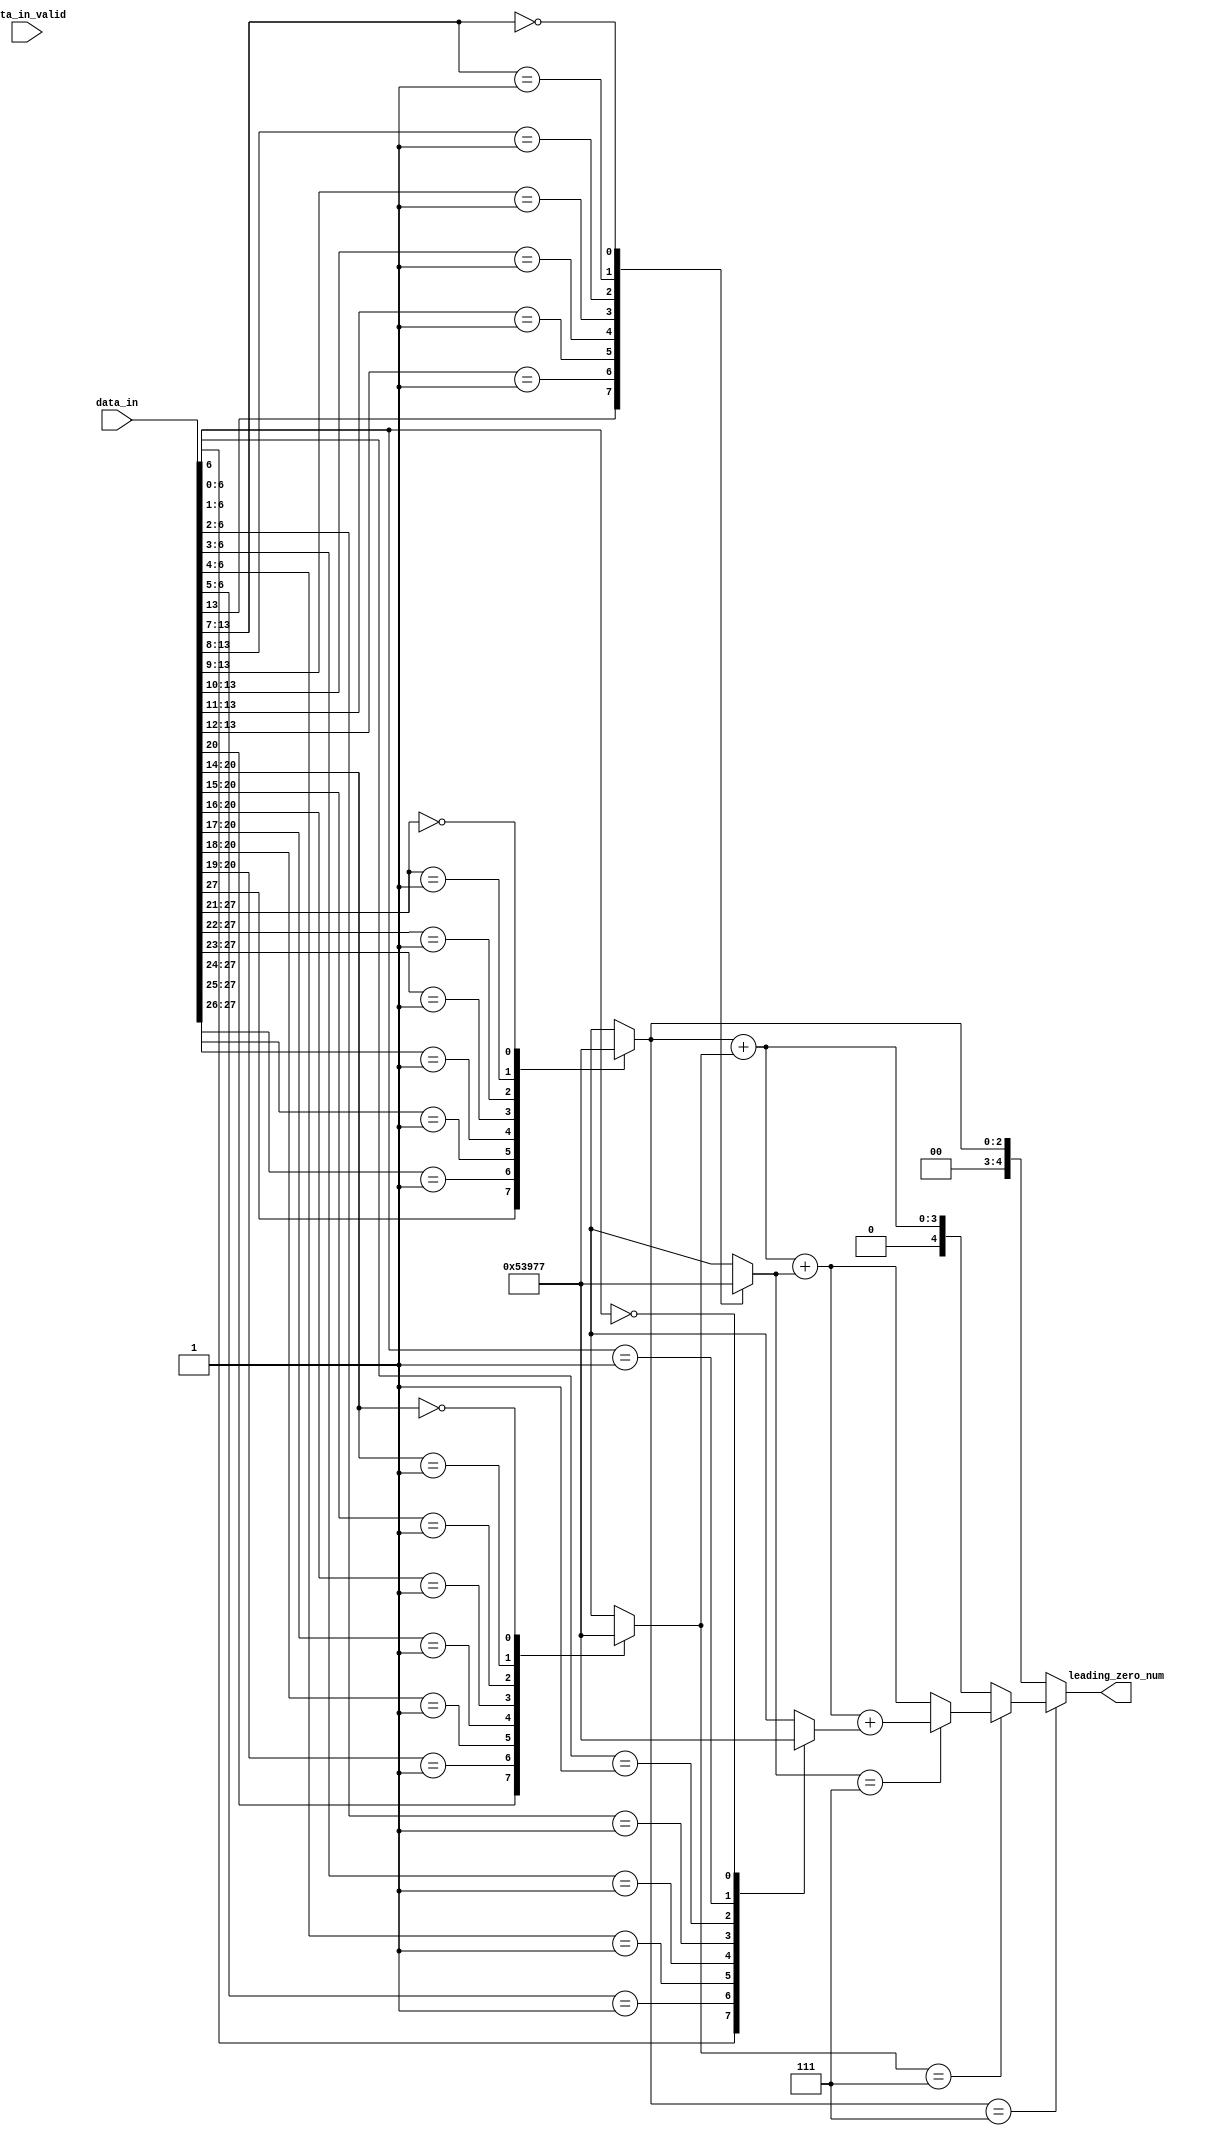
`timescale 1ns / 1ps
//////////////////////////////////////////////////////////////////////////////////
// 
// Module Name: leading_zero_counter
// Description: counting the number of leading zeros.
//              dichotomy.
// 
// Revision:
// Revision 0.01 - File Created
//////////////////////////////////////////////////////////////////////////////////

module LZC_v2(
  input  wire [29-1:0]       data_in,
  input  wire                data_in_valid,
  output wire [4:0]          leading_zero_num
);

  //leading zero counter
  wire [6:0]    data_in_hh;
  wire [6:0]    data_in_h;
  wire [6:0]    data_in_l;
  wire [6:0]    data_in_ll;
  reg  [2:0]    leading_zero_num_hh;
  reg  [2:0]    leading_zero_num_h;
  reg  [2:0]    leading_zero_num_l;
  reg  [2:0]    leading_zero_num_ll;
  reg  [4:0]    _leading_zero_num;

  assign data_in_hh = data_in[27:21]; 
  assign data_in_h  = data_in[20:14];
  assign data_in_l  = data_in[13:7];
  assign data_in_ll = data_in[6:0];
  
  assign leading_zero_num = _leading_zero_num;
     
  always@(data_in or data_in_valid) begin
    casex(data_in_hh)
      7'b1xxxxxx: leading_zero_num_hh = 3'd0;
      7'b01xxxxx: leading_zero_num_hh = 3'd1;
      7'b001xxxx: leading_zero_num_hh = 3'd2;
      7'b0001xxx: leading_zero_num_hh = 3'd3;
      7'b00001xx: leading_zero_num_hh = 3'd4;
      7'b000001x: leading_zero_num_hh = 3'd5;
      7'b0000001: leading_zero_num_hh = 3'd6;
      7'b0000000: leading_zero_num_hh = 3'd7;
    endcase
    casex(data_in_h)
      7'b1xxxxxx: leading_zero_num_h = 3'd0;
      7'b01xxxxx: leading_zero_num_h = 3'd1;
      7'b001xxxx: leading_zero_num_h = 3'd2;
      7'b0001xxx: leading_zero_num_h = 3'd3;
      7'b00001xx: leading_zero_num_h = 3'd4;
      7'b000001x: leading_zero_num_h = 3'd5;
      7'b0000001: leading_zero_num_h = 3'd6;
      7'b0000000: leading_zero_num_h = 3'd7;
    endcase
    casex(data_in_l)
      7'b1xxxxxx: leading_zero_num_l = 3'd0;
      7'b01xxxxx: leading_zero_num_l = 3'd1;
      7'b001xxxx: leading_zero_num_l = 3'd2;
      7'b0001xxx: leading_zero_num_l = 3'd3;
      7'b00001xx: leading_zero_num_l = 3'd4;
      7'b000001x: leading_zero_num_l = 3'd5;
      7'b0000001: leading_zero_num_l = 3'd6;
      7'b0000000: leading_zero_num_l = 3'd7;
    endcase
    casex(data_in_ll)
      7'b1xxxxxx: leading_zero_num_ll = 3'd0;
      7'b01xxxxx: leading_zero_num_ll = 3'd1;
      7'b001xxxx: leading_zero_num_ll = 3'd2;
      7'b0001xxx: leading_zero_num_ll = 3'd3;
      7'b00001xx: leading_zero_num_ll = 3'd4;
      7'b000001x: leading_zero_num_ll = 3'd5;
      7'b0000001: leading_zero_num_ll = 3'd6;
      7'b0000000: leading_zero_num_ll = 3'd7;
    endcase
  end
  
  always@(leading_zero_num_hh or leading_zero_num_h or leading_zero_num_l or leading_zero_num_ll) begin
    if(leading_zero_num_hh == 3'd7) begin
      if(leading_zero_num_h == 3'd7) begin
        if(leading_zero_num_l == 3'd7) begin
            _leading_zero_num = leading_zero_num_hh + leading_zero_num_h + leading_zero_num_l + leading_zero_num_ll;
        end else begin
          _leading_zero_num = leading_zero_num_hh + leading_zero_num_h + leading_zero_num_l;
        end
      end else begin
        _leading_zero_num = leading_zero_num_hh + leading_zero_num_h;
      end
    end else begin
      _leading_zero_num = leading_zero_num_hh;
    end
  end

endmodule